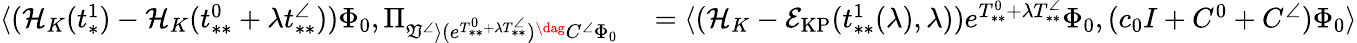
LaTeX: \begin{array}{rl}{\langle(\mathcal{H}_{K}(t_{*}^{1})-\mathcal{H}_{K}(t_{**}^{0}+\lambda t_{**}^{\angle}))\Phi_{0},\Pi_{\mathfrak{V}^{\angle}\rangle(e^{T_{**}^{0}+\lambda T_{**}^{\angle}})^{\dag}C^{\angle}\Phi_{0}}}&{{}=\langle(\mathcal{H}_{K}-\mathcal{E}_{\mathrm{KP}}(t_{**}^{1}(\lambda),\lambda))e^{T_{**}^{0}+\lambda T_{**}^{\angle}}\Phi_{0},(c_{0}I+C^{0}+C^{\angle})\Phi_{0}\rangle}\end{array}